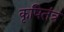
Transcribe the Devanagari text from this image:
कृषितंत्र